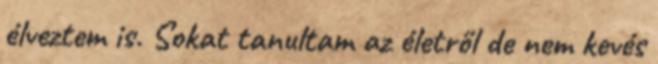
élveztem is. Sokat tanultam az életről de nem kevés